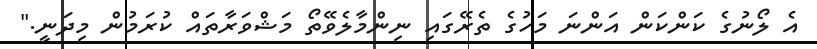
އެ ލޯނުގެ ކަންކަން އަންނަ މަހުގެ ތެރޭގައި ނިންމާލެވޭތޯ މަޝްވަރާތައް ކުރަމުން މިދަނީ."